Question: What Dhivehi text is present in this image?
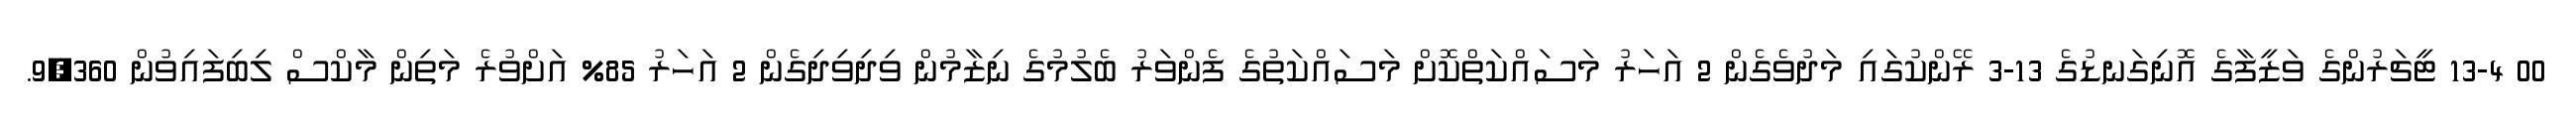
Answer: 00 13-4 ޓީޗަރުންގެ ވަޒީފާގެ އޮނިގަނޑުގެ 13-3 ރޭންކުގައި މަދުވެގެން 2 އަހަރު މަސައްކަތްކޮށް މަސައްކަތުގެ ފެންވަރު ބެލުމުގެ ނިޒާމުން ވިދިވިދިގެން 2 އަހަރު 85% އަށްވުރެ މަތިން މާކްސް ލިބިފައިވުން 9,360.